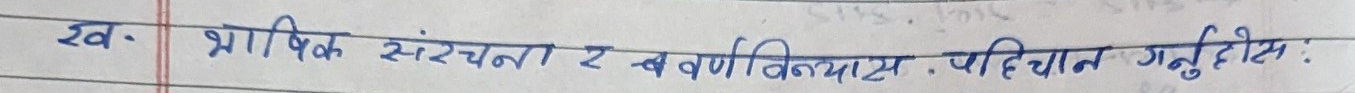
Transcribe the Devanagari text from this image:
ख. भाषिक संरचना र वर्णविन्यास पहिचान गर्नुहोस: